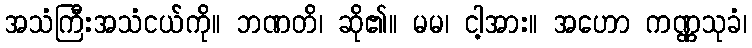
အသံကြီးအသံငယ်ကို။ ဘဏတိ၊ ဆို၏။ မမ၊ ငါ့အား။ အဟော ကဏ္ဏသုခံ၊